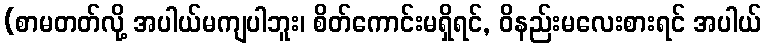
(စာမတတ်လို့ အပါယ်မကျပါဘူး၊ စိတ်ကောင်းမရှိရင်, ဝိနည်းမလေးစားရင် အပါယ်